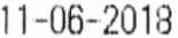
11-06-2018